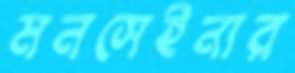
মনসেইনার